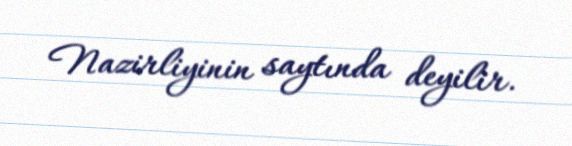
Nazirliyinin saytında deyilir.